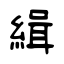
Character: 緝